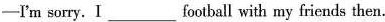
—I'm sorry. I ___ football with my friends then.